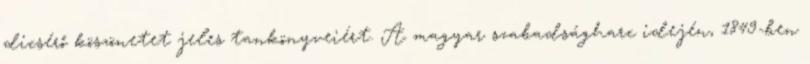
dicsérő köszönetet jeles tankönyveiért. A magyar szabadságharc idején, 1849-ben